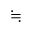
\fallingdotseq